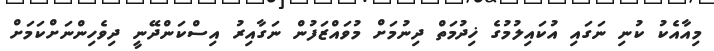
މިއާއެކު ކުނި ނަގައި އުކައިލުމުގެ ޚިދުމަތް ދިނުމަށް މުވައްޒަފުން ނަގާއިރު އިސްކަންދޭނީ ދިވެހިންނަށްކަމަށް